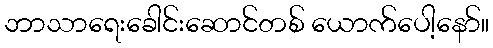
ဘာသာရေးခေါင်းဆောင်တစ် ယောက်ပေါ့နော်။